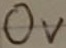
Text: OV